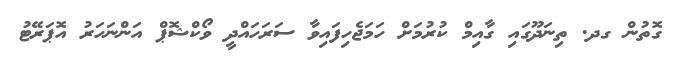
ގޮތުން ގދ. ތިނަދޫގައި ގާއިމް ކުރުމަށް ހަމަޖެހިފައިވާ ސަރަހައްދީ ވޯކްޝޮޕް އަންނަހަރު އޮޕަރޭޓު